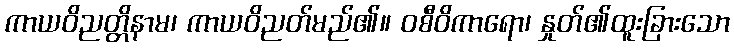
ကာယဝိညတ္တိနာမ၊ ကာယဝိညတ်မည်၏။ ဝစီဝိကာရော၊ နှုတ်၏ထူးခြားသော